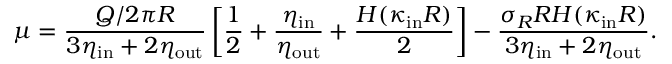
\mu = \frac { Q / 2 \pi R } { 3 \eta _ { \mathrm { i n } } + 2 \eta _ { \mathrm { o u t } } } \left[ \frac { 1 } { 2 } + \frac { \eta _ { \mathrm { i n } } } { \eta _ { \mathrm { o u t } } } + \frac { H ( \kappa _ { \mathrm { i n } } R ) } { 2 } \right] - \frac { \sigma _ { R } R H ( \kappa _ { \mathrm { i n } } R ) } { 3 \eta _ { \mathrm { i n } } + 2 \eta _ { \mathrm { o u t } } } .